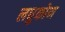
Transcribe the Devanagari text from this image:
लघुकोण